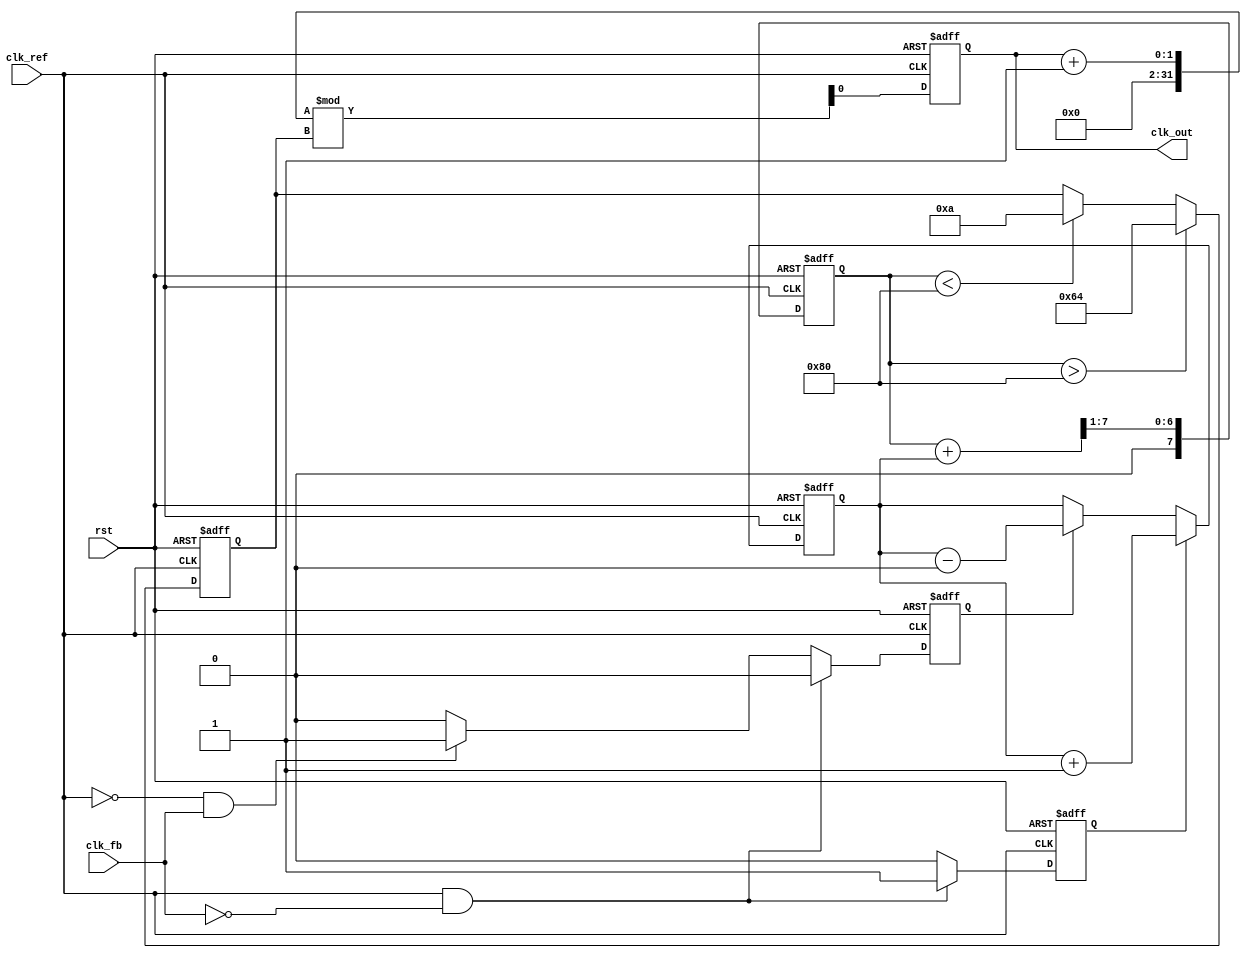
module cp_pll (
    input wire clk_ref,          // Reference clock
    input wire clk_fb,           // Feedback clock from VCO
    input wire rst,              // Reset signal
    output reg clk_out           // Output clock
);

// Parameters
parameter UP_CURRENT = 1'b1;  // Charge pump UP current
parameter DOWN_CURRENT = 1'b0; // Charge pump DOWN current
parameter VCO_MAX_FREQ = 100;  // Max frequency for VCO
parameter VCO_MIN_FREQ = 10;    // Min frequency for VCO

// PFD signals
reg pfd_up;
reg pfd_down;

// Charge Pump signals
reg [7:0] control_voltage; // Control voltage for VCO
reg charge;                // Charge signal
reg discharge;             // Discharge signal

// VCO frequency control
reg [7:0] vco_frequency;   // VCO frequency control

// Phase Frequency Detector (PFD)
always @(posedge clk_ref or posedge rst) begin
    if (rst) begin
        pfd_up <= 0;
        pfd_down <= 0;
    end else begin
        // Detect phase difference
        if (clk_ref && !clk_fb) begin
            pfd_up <= 1;
            pfd_down <= 0;
        end else if (!clk_ref && clk_fb) begin
            pfd_up <= 0;
            pfd_down <= 1;
        end else begin
            pfd_up <= 0;
            pfd_down <= 0;
        end
    end
end

// Charge Pump
always @(posedge clk_ref or posedge rst) begin
    if (rst) begin
        control_voltage <= 8'b0;
    end else begin
        if (pfd_up) begin
            control_voltage <= control_voltage + UP_CURRENT;
        end else if (pfd_down) begin
            control_voltage <= control_voltage - DOWN_CURRENT;
        end
    end
end

// Loop Filter (Simple RC filter simulation)
reg [7:0] filtered_voltage;
always @(posedge clk_ref or posedge rst) begin
    if (rst) begin
        filtered_voltage <= 8'b0;
    end else begin
        // Simple averaging filter
        filtered_voltage <= (filtered_voltage + control_voltage) >> 1;
    end
end

// Voltage-Controlled Oscillator (VCO)
always @(posedge clk_ref or posedge rst) begin
    if (rst) begin
        vco_frequency <= VCO_MIN_FREQ;
        clk_out <= 0;
    end else begin
        // Control VCO frequency based on filtered voltage
        if (filtered_voltage > 128) begin
            vco_frequency <= VCO_MAX_FREQ; // Max frequency
        end else if (filtered_voltage < 128) begin
            vco_frequency <= VCO_MIN_FREQ; // Min frequency
        end
        
        // Generate output clock based on VCO frequency
        clk_out <= (clk_out + 1) % vco_frequency; // Simple clock divider
    end
end

endmodule